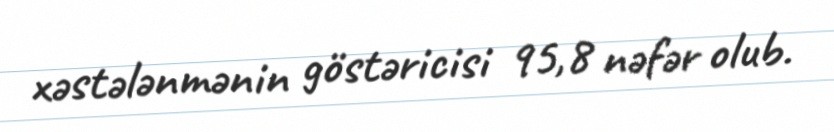
xəstələnmənin göstəricisi 95,8 nəfər olub.